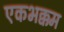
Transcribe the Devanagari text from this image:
एकभक्कम